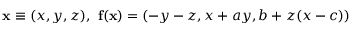
\mathbf { x } \equiv ( x , y , z ) , \ \mathbf { f } ( \mathbf { x } ) = ( - y - z , x + a y , b + z ( x - c ) )